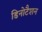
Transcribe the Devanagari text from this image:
डिनोटैशन